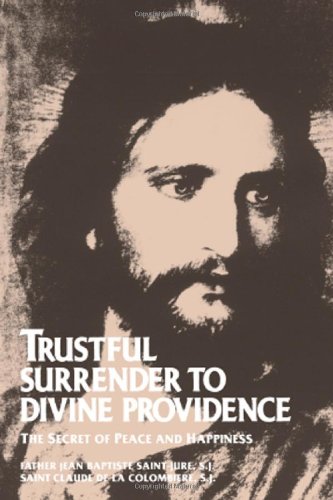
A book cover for Trustful Surrender to Divine Providence: The Secret of Peace and Happiness; Father Jean Baptiste Saint-Jure; Christian Books & Bibles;